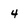
Character: 4